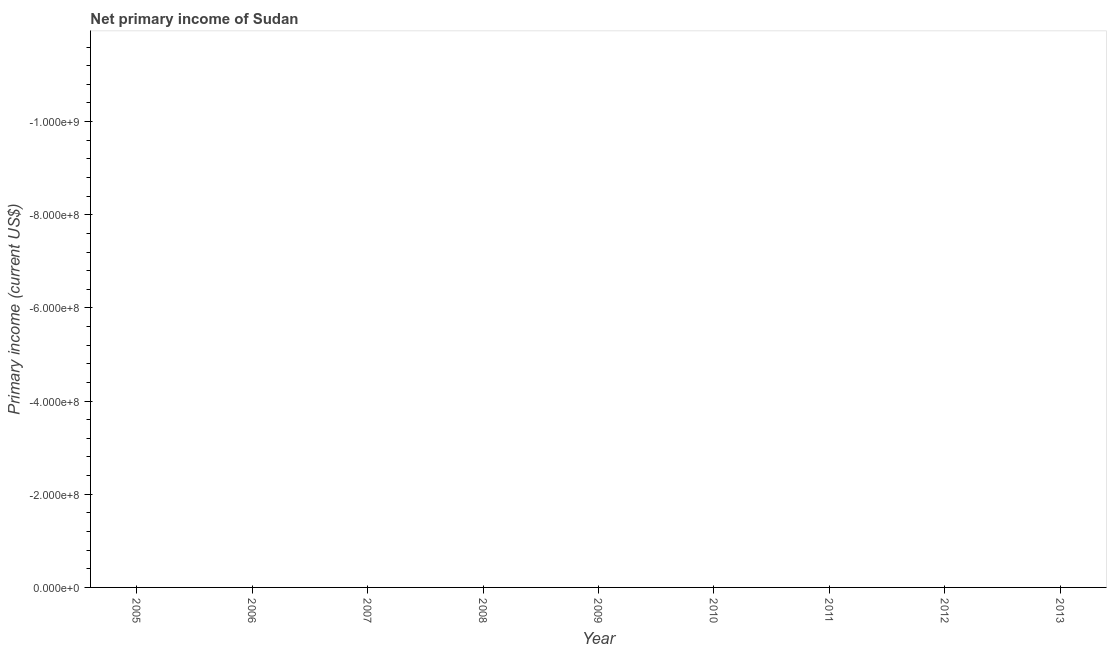
| Year | Net primary income |
 | --- | --- |
 | 2005 | -1.4e+09 |
 | 2006 | -4e+09 |
 | 2007 | -3.36e+09 |
 | 2008 | -5.54e+09 |
 | 2009 | -4.1e+09 |
 | 2010 | -4.17e+09 |
 | 2011 | -2.49e+09 |
 | 2012 | -2.27e+09 |
 | 2013 | -2.4e+09 |